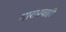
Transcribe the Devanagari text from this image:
धाराप्रवाही